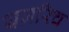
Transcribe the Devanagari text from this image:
यज़रिच